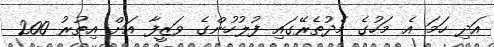
އަދި ހަމަ އެ މަހުގެ މެދުތެރޭގައި ފުލުހުންގެ ވަޒީފާ އަށް އިތުރު 200